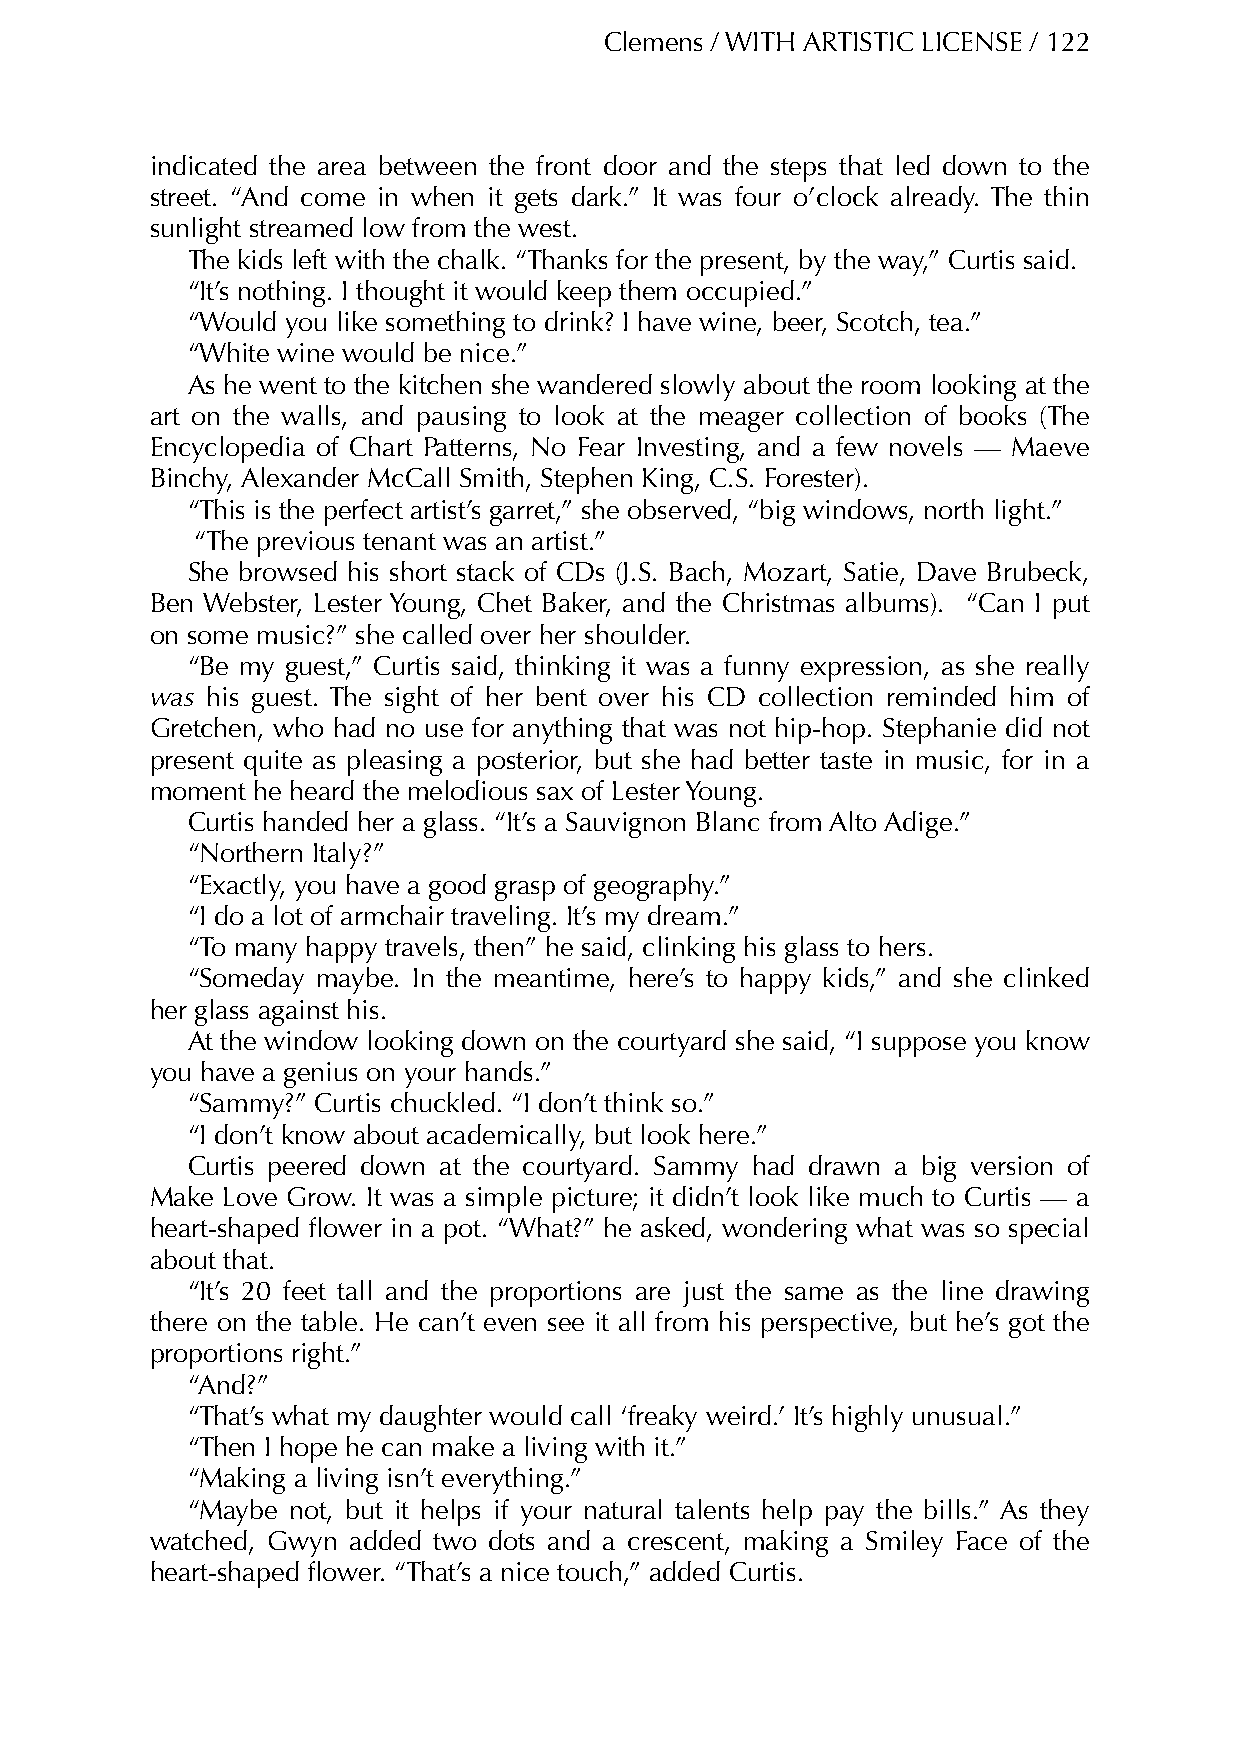
Clemens / WITH ARTISTIC LICENSE / 122
 indicated the area between the front door and the steps that led down to the
 street. “And come in when it gets dark.” It was four o’clock already. The thin
 sunlight streamed low from the west.
 The kids left with the chalk. “Thanks for the present, by the way,” Curtis said.
 “It’s nothing. I thought it would keep them occupied.”
 “Would you like something to drink? I have wine, beer, Scotch, tea.”
 “White wine would be nice.”
 As he went to the kitchen she wandered slowly about the room looking at the
 art on the walls, and pausing to look at the meager collection of books (The
 Encyclopedia of Chart Patterns, No Fear Investing, and a few novels — Maeve
 Binchy, Alexander McCall Smith, Stephen King, C.S. Forester).
 “This is the perfect artist’s garret,” she observed, “big windows, north light.”
 “The previous tenant was an artist.”
 She browsed his short stack of CDs (J.S. Bach, Mozart, Satie, Dave Brubeck,
 Ben Webster, Lester Young, Chet Baker, and the Christmas albums). “Can I put
 on some music?” she called over her shoulder.
 “Be my guest,” Curtis said, thinking it was a funny expression, as she really
 was his guest. The sight of her bent over his CD collection reminded him of
 Gretchen, who had no use for anything that was not hip-hop. Stephanie did not
 present quite as pleasing a posterior, but she had better taste in music, for in a
 moment he heard the melodious sax of Lester Young.
 Curtis handed her a glass. “It’s a Sauvignon Blanc from Alto Adige.”
 “Northern Italy?”
 “Exactly, you have a good grasp of geography.”
 “I do a lot of armchair traveling. It’s my dream.”
 “To many happy travels, then” he said, clinking his glass to hers.
 “Someday maybe. In the meantime, here’s to happy kids,” and she clinked
 her glass against his.
 At the window looking down on the courtyard she said, “I suppose you know
 you have a genius on your hands.”
 “Sammy?” Curtis chuckled. “I don’t think so.”
 “I don’t know about academically, but look here.”
 Curtis peered down at the courtyard. Sammy had drawn a big version of
 Make Love Grow. It was a simple picture; it didn’t look like much to Curtis — a
 heart-shaped flower in a pot. “What?” he asked, wondering what was so special
 about that.
 “It’s 20 feet tall and the proportions are just the same as the line drawing
 there on the table. He can’t even see it all from his perspective, but he’s got the
 proportions right.”
 “And?”
 “That’s what my daughter would call ‘freaky weird.’ It’s highly unusual.”
 “Then I hope he can make a living with it.”
 “Making a living isn’t everything.”
 “Maybe not, but it helps if your natural talents help pay the bills.” As they
 watched, Gwyn added two dots and a crescent, making a Smiley Face of the
 heart-shaped flower. “That’s a nice touch,” added Curtis.